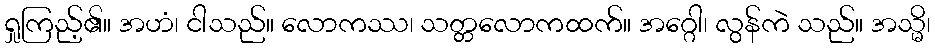
ရှုကြည့်၏။ အဟံ၊ ငါသည်။ လောကဿ၊ သတ္တလောကထက်။ အဂ္ဂေါ၊ လွန်ကဲ သည်။ အသ္မိ၊